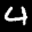
Label: 4